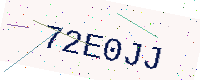
Text: 72E0JJ